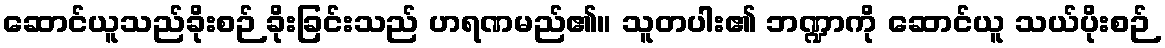
ဆောင်ယူသည်ခိုးစဉ် ခိုးခြင်းသည် ဟရဏမည်၏။ သူတပါး၏ ဘဏ္ဍာကို ဆောင်ယူ သယ်ပိုးစဉ်